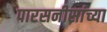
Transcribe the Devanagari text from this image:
पारसनीसांच्या